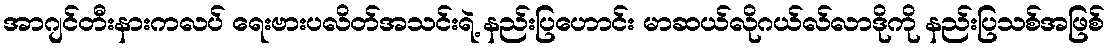
အာဂျင်တီးနားကလပ် ရေးဗားပလိတ်အသင်းရဲ့ နည်းပြဟောင်း မာဆယ်လိုဂယ်လ်လာဒိုကို နည်းပြသစ်အဖြစ်